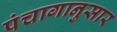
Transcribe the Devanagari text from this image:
पंंचागानुसार